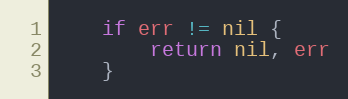
Language: Go
	if err != nil {
		return nil, err
	}